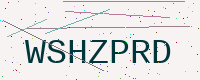
Text: WSHZPRD